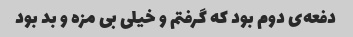
دفعه‌ی دوم بود که گرفتم و خیلی بی مزه و بد بود